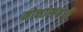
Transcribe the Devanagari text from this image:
मोक्षासंबंधी